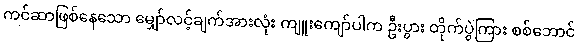
ကင်ဆာဖြစ်နေသော မျှော်လင့်ချက်အားလုံး ကျူးကျော်ပါက ဦးပွား တိုက်ပွဲကြား စစ်ဘောင်